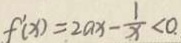
f ^ { \prime } ( x ) = 2 a x - \frac { 1 } { x } < 0 .